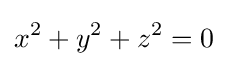
x^{2}+y^{2}+z^{2}=0